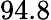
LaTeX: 94.8